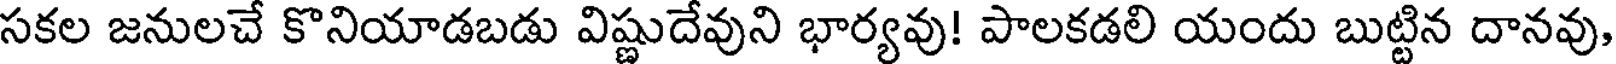
సకల జనులచే కొనియాడబడు విష్ణుదేవుని భార్యవు! పాలకడలి యందు బుట్టిన దానవు,